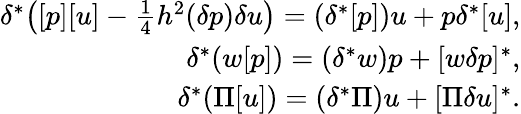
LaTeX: \begin{array}{r}{\delta^{*}\big([p][u]-\frac 14h^{2}(\delta p)\delta u\big)=(\delta^{*}[p])u+p\delta^{*}[u],}\\ {\delta^{*}(w[p])=(\delta^{*}w)p+[w\delta p]^{*},}\\ {\delta^{*}(\Pi[u])=(\delta^{*}\Pi)u+[\Pi\delta u]^{*}.}\end{array}